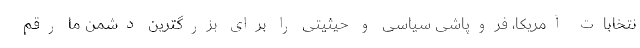
نتخابات آمریکا، فروپاشی سیاسی و حیثیتی را برای بزرگترین دشمن ما رقم